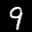
Label: 9